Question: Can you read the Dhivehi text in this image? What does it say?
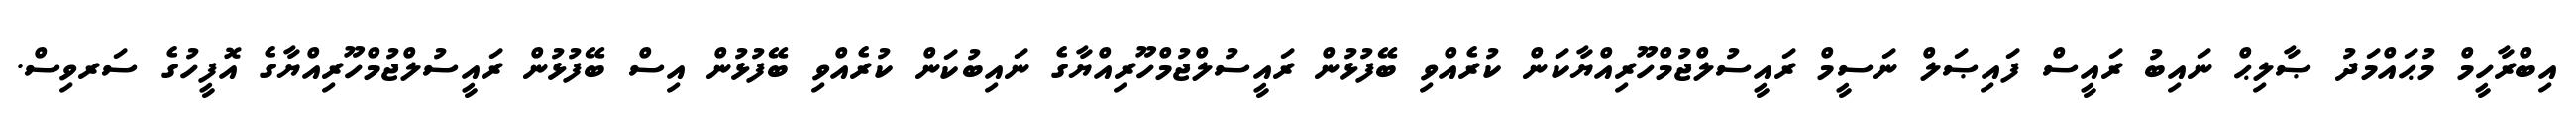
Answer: އިބްރާހީމް މުޙައްމަދު ޞާލިޙް ނައިބު ރައީސް ފައިޞަލް ނަސީމް ރައީސުލްޖުމްހޫރިއްޔާކަން ކުރެއްވި ބޭފުޅުން ރައީސުލްޖުމްހޫރިއްޔާގެ ނައިބުކަން ކުރެއްވި ބޭފުޅުން އިސް ބޭފުޅުން ރައީސުލްޖުމްހޫރިއްޔާގެ އޮފީހުގެ ސަރވިސް.